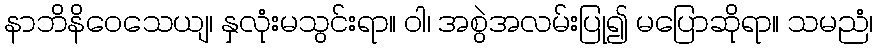
နာဘိနိဝေသေယျ၊ နှလုံးမသွင်းရာ။ ဝါ၊ အစွဲအလမ်းပြု၍ မပြောဆိုရာ။ သမညံ၊